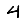
Digit: 4